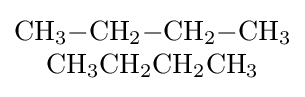
{\begin{matrix}{\mathrm {CH} {\vphantom {A}}_{\smash[{t}]{3}}{-}\mathrm {CH} {\vphantom {A}}_{\smash[{t}]{2}}{-}\mathrm {CH} {\vphantom {A}}_{\smash[{t}]{2}}{-}\mathrm {CH} {\vphantom {A}}_{\smash[{t}]{3}}}\\{\mathrm {CH} {\vphantom {A}}_{\smash[{t}]{3}}\mathrm {CH} {\vphantom {A}}_{\smash[{t}]{2}}\mathrm {CH} {\vphantom {A}}_{\smash[{t}]{2}}\mathrm {CH} {\vphantom {A}}_{\smash[{t}]{3}}}\end{matrix}}